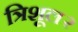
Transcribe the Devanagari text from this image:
त्रिशूल२